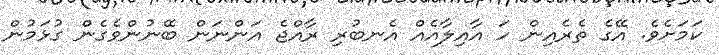
ކަމަށެވެ. އޭގެ ތެރެއިން ހަ އާއިލާއެއް އެނބުރި ރާއްޖެ އަންނަން ބޭނުންވެގެން ގުޅަމުން